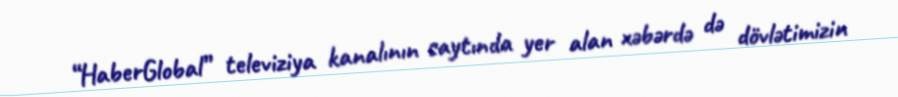
“HaberGlobal” televiziya kanalının saytında yer alan xəbərdə də dövlətimizin